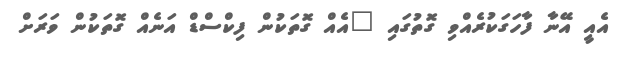
އެއީ އޭނާ ފާހަގަކުރެއްވި ގޮތުގައި "އެއް ގޮތަކުން ފިކްސްޑް އަނެއް ގޮތަކުން ވަރަށް